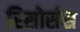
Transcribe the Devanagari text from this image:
रिसोर्सस